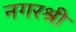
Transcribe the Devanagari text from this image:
नगरश्री